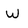
Character: W